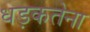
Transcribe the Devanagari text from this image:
धड़कतेना